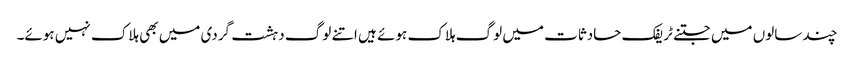
چند سالوں میں جتنے ٹریفک حادثات میں لوگ ہلاک ہوئے ہیں اتنے لوگ دہشت گردی میں بھی ہلاک نہیں ہوئے۔